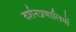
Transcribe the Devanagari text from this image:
दर्शनप्रणालियों